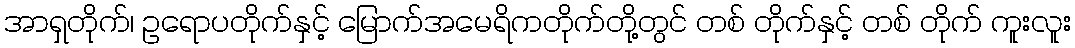
အာရှတိုက်၊ ဥရောပတိုက်နှင့် မြောက်အမေရိကတိုက်တို့တွင် တစ် တိုက်နှင့် တစ် တိုက် ကူးလူး